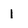
Character: 1